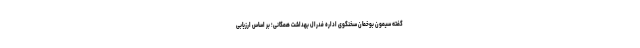
گفته سیمون بوخمان سخنگوی اداره فدرال بهداشت همگانی؛ بر اساس ارزیابی